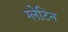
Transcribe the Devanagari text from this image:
ग्लेटिन